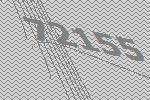
72155